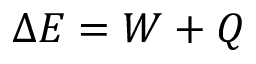
\Delta { } E = W + Q